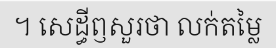
។ សេដ្ធីឭសួរថា លក់តម្លៃ